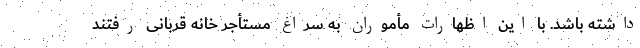
داشته باشد. با این اظهارات مأموران به سراغ مستأجر خانه قربانی رفتند